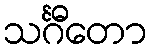
သင်္ဂီတော